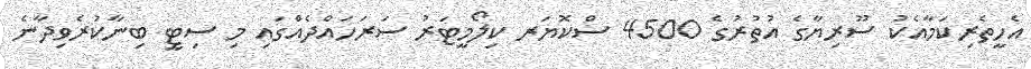
އެހީތެރިކަމާއެކު ސޫރިޔާގެ އުތުރުގެ 4500 ސްކޮޔަރ ކިލޯމީޓަރު ސަރަހައްދެއްގައި މި ސިޓީ ބިނާކުރެވިދާނެ